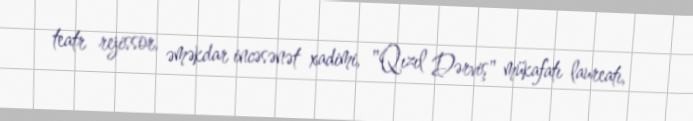
teatr rejissor, əməkdar incəsənət xadimi, "Qızıl Dərviş" mükafatı laureatı,